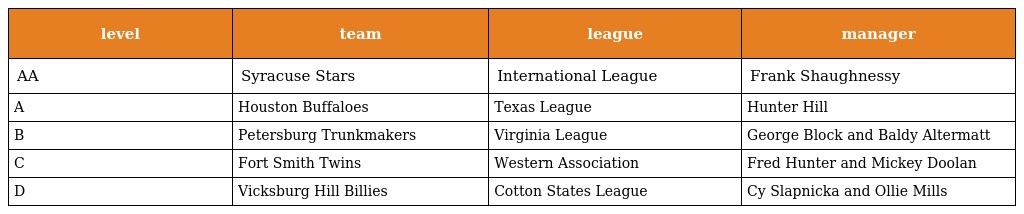
| level | team | league | manager |
 | --- | --- | --- | --- |
 | AA | Syracuse Stars | International League | Frank Shaughnessy |
 | A | Houston Buffaloes | Texas League | Hunter Hill |
 | B | Petersburg Trunkmakers | Virginia League | George Block and Baldy Altermatt |
 | C | Fort Smith Twins | Western Association | Fred Hunter and Mickey Doolan |
 | D | Vicksburg Hill Billies | Cotton States League | Cy Slapnicka and Ollie Mills |